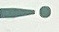
!